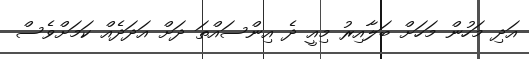
އަދި މަހުން މަހަށް ބަލާއިރު މިއީ ދެ އިންސައްތަ ދަށް އަދަދެއް ކަމަށްވެސް